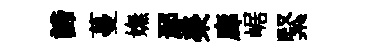
諦蔓嫵鄢榮廊崌緊